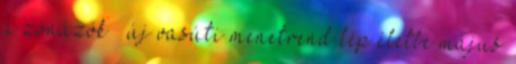
a zónázók – új vasúti menetrend lép életbe május